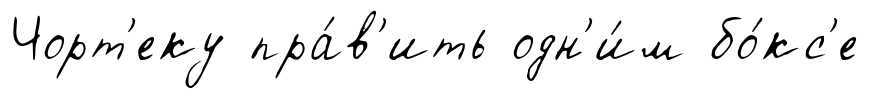
Чорт'еку пра́в'ить одн'и́м бо́кс'е